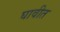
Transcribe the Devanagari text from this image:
घावीत